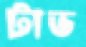
টাভ